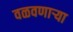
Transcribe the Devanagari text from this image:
वळवणाऱ्या